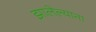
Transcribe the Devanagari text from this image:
झालेल्याना